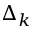
\Delta _ { k }